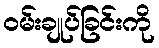
ဝမ်းချုပ်ခြင်းကို